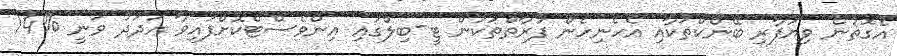
އެގޮތުން ވިޔަފާރި ބޭންކްތަކާއި އެހެނިހެން ފަރާތްތަކުން ޓީ-ބިލްގައި އިންވެސްޓްކޮށްފައިވާ އަދަދު ވަނީ %14